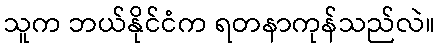
သူက ဘယ်နိုင်ငံက ရတနာကုန်သည်လဲ။